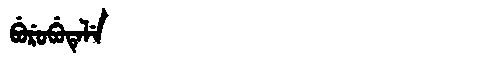
Manchu: ᠪᡠᡵᡠᠪᡠᡨᡝᠯᡝ
Romanization: BURUBUTELE